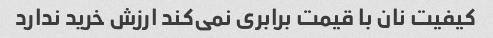
کیفیت نان با قیمت برابری نمی‌کند ارزش خرید ندارد